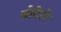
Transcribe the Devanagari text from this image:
बोटेरो